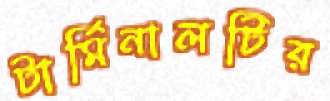
টার্মিনালটির